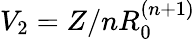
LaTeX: V_{2}=Z/nR_{0}^{(n+1)}